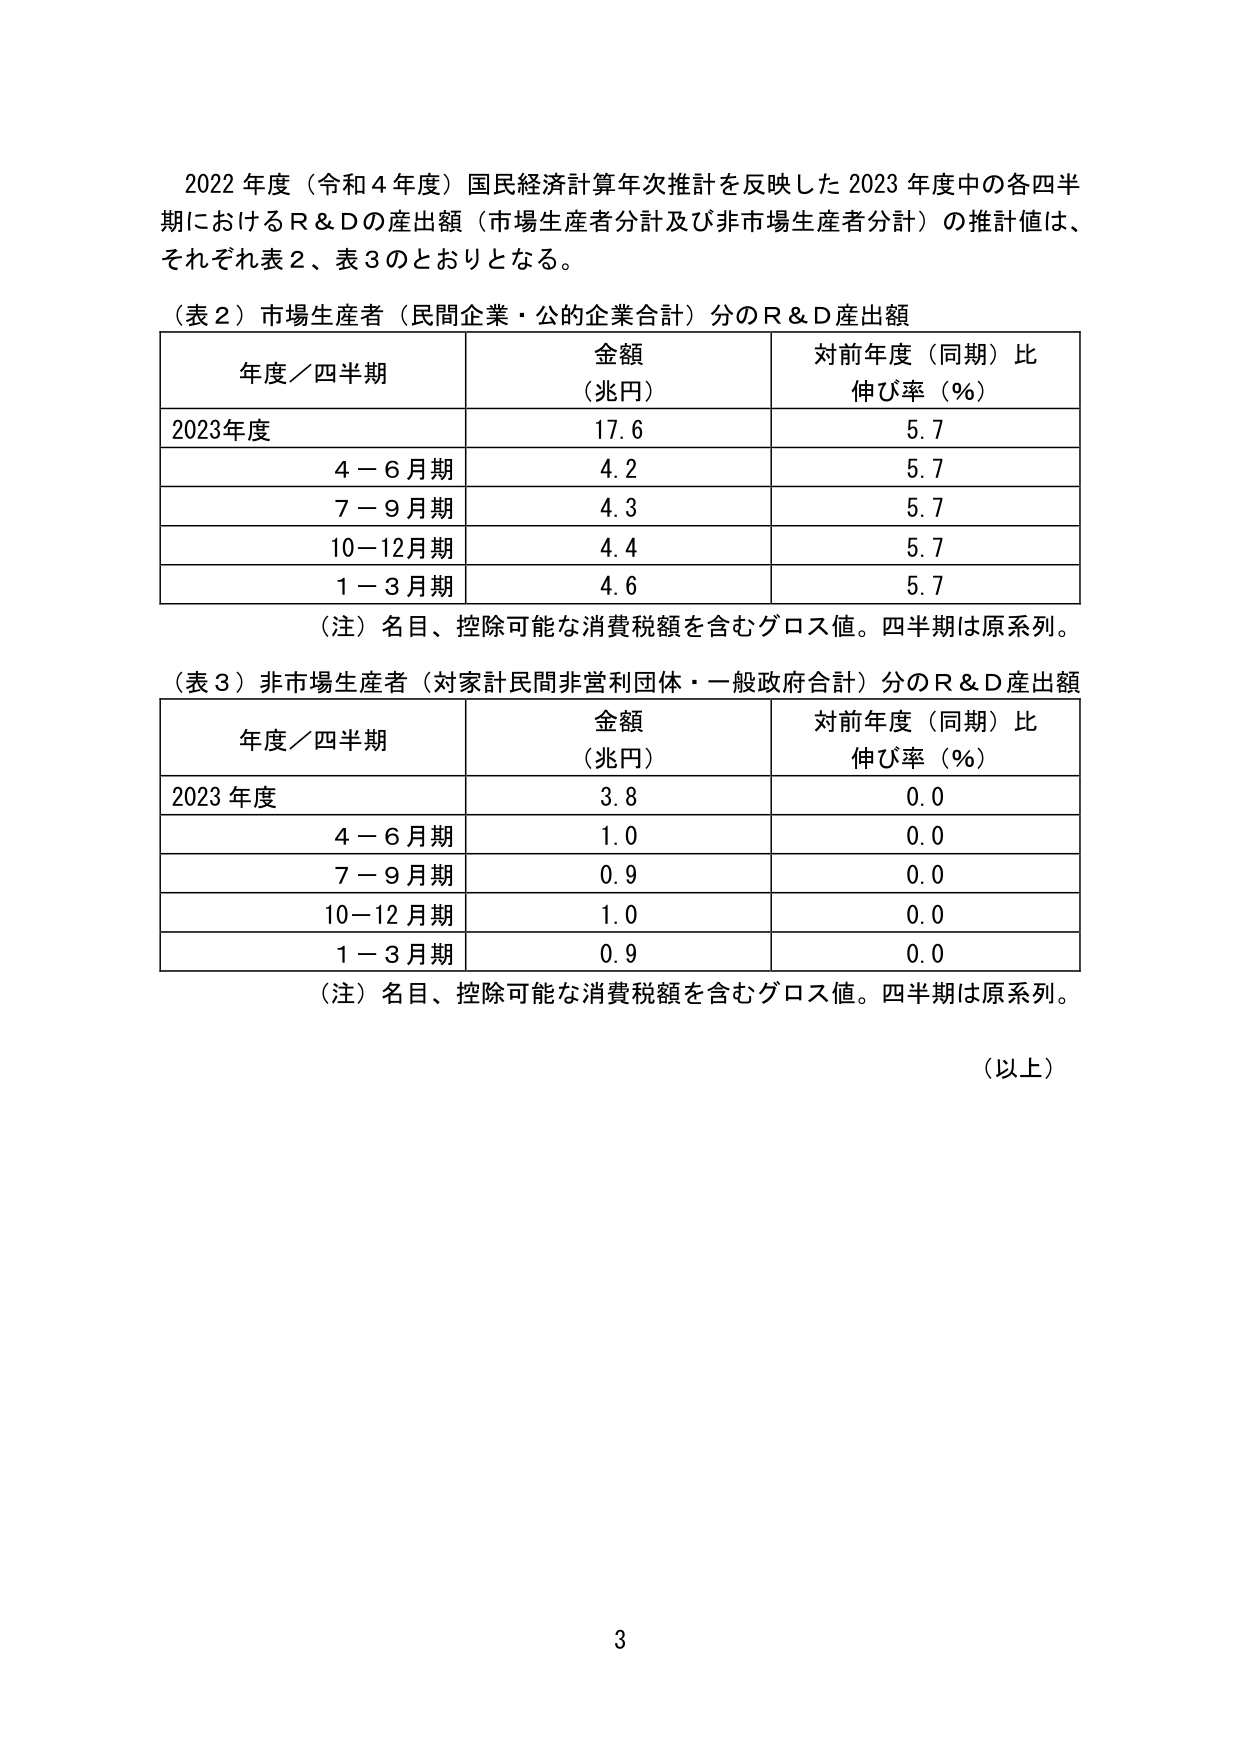
2022年度（令和4年度）国民経済計算年次推計を反映した2023年度中の各四半期におけるR＆Dの産出額（市場生産者分計及び非市場生産者分計）の推計値は、それぞれ表2、表3のとおりとなる。

（表2）市場生産者（民間企業・公の企業合計）分のR＆D産出額
年度／四半期　　金額（兆円）　　対前年度（同期）比伸び率（％）
2023年度　　　　17.6　　　　　　5.7
4－6月期　　　　4.2　　　　　　5.7
7－9月期　　　　4.3　　　　　　5.7
10－12月期　　　4.4　　　　　　5.7
1－3月期　　　　4.6　　　　　　5.7
（注）名目、控除可能な消費税額を含むグロス値。四半期は原系列。

（表3）非市場生産者（対家計民間非営利団体・一般政府合計）分のR＆D産出額
年度／四半期　　金額（兆円）　　対前年度（同期）比伸び率（％）
2023年度　　　　3.8　　　　　　0.0
4－6月期　　　　1.0　　　　　　0.0
7－9月期　　　　0.9　　　　　　0.0
10－12月期　　　1.0　　　　　　0.0
1－3月期　　　　0.9　　　　　　0.0
（注）名目、控除可能な消費税額を含むグロス値。四半期は原系列。

（以上）

3